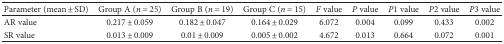
<table><thead><tr><td><b>Parameter (mean ± SD)</b></td><td><b>Group A (<i>n</i> = 25)</b></td><td><b>Group B (<i>n</i> = 19)</b></td><td><b>Group C (<i>n</i> = 15)</b></td><td><b><i>F</i> value</b></td><td><b><i>P</i> value</b></td><td><b><i>P</i>1 value</b></td><td><b><i>P</i>2 value</b></td><td><b><i>P</i>3 value</b></td></tr></thead><tbody><tr><td>AR value</td><td>0.217 ± 0.059</td><td>0.182 ± 0.047</td><td>0.164 ± 0.029</td><td>6.072</td><td>0.004</td><td>0.099</td><td>0.433</td><td>0.002</td></tr><tr><td>SR value</td><td>0.013 ± 0.009</td><td>0.01 ± 0.009</td><td>0.005 ± 0.002</td><td>4.672</td><td>0.013</td><td>0.664</td><td>0.072</td><td>0.001</td></tr></tbody></table>